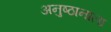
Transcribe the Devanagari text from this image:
अनुष्ठानाला